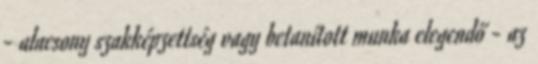
- alacsony szakképzettség vagy betanított munka elegendő - az